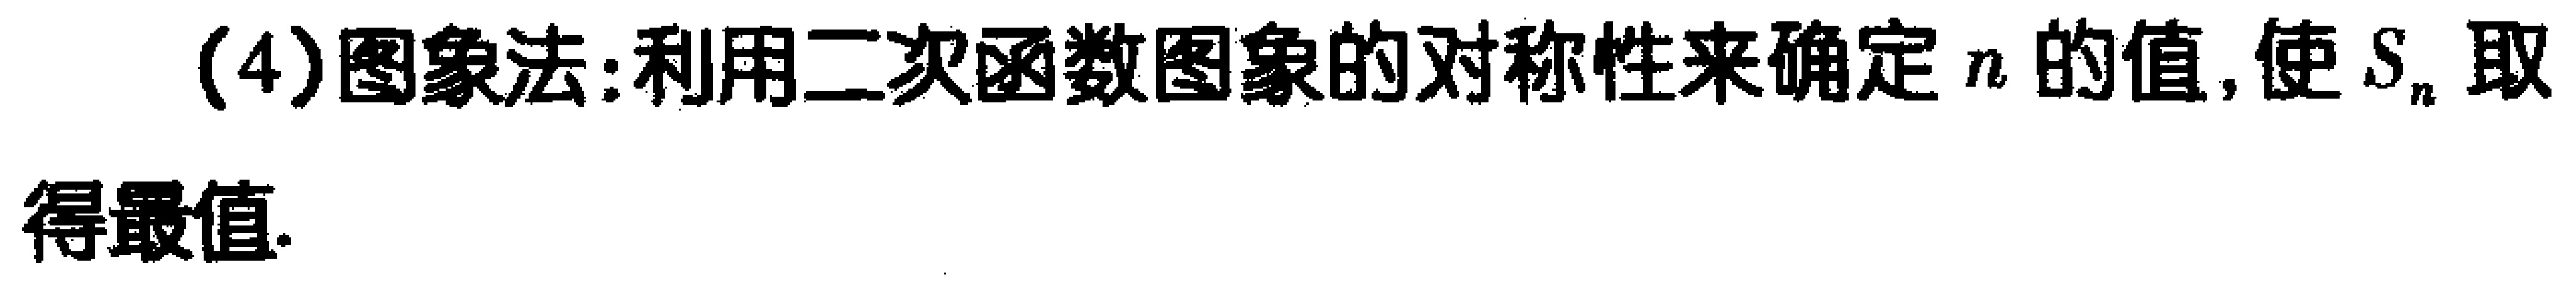
(4)图象法:利用二次函数图象的对称性来确定\(n\)的值,使\(S_{n}\)取得最值.